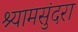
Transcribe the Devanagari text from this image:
श्यामसुंदरा